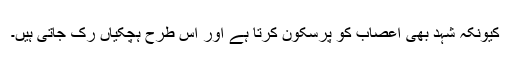
کیونکہ شہد بھی اعصاب کو پرسکون کرتا ہے اور اس طرح ہچکیاں رک جاتی ہیں۔